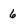
Character: 6